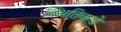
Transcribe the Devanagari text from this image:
स्थितिकडे